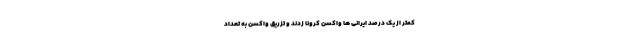
کمتر از یک درصد ایرانی ها واکسن کرونا زدند و تزریق واکسن به تعداد